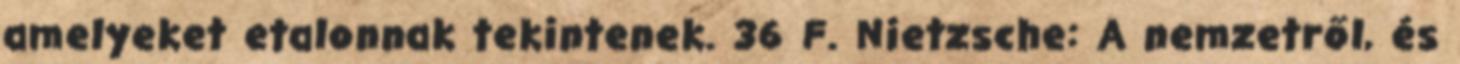
amelyeket etalonnak tekintenek. 36 F. Nietzsche: A nemzetről, és